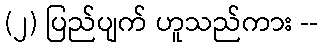
(၂) ပြည်ပျက် ဟူသည်ကား --